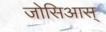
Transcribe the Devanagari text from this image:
जोसिआस्